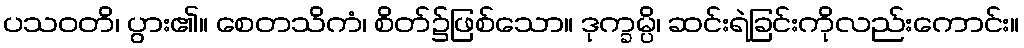
ပသဝတိ၊ ပွား၏။ စေတသိကံ၊ စိတ်၌ဖြစ်သော။ ဒုက္ခမ္ပိ၊ ဆင်းရဲခြင်းကိုလည်းကောင်း။